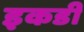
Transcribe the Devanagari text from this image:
इकडी